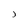
Character: j